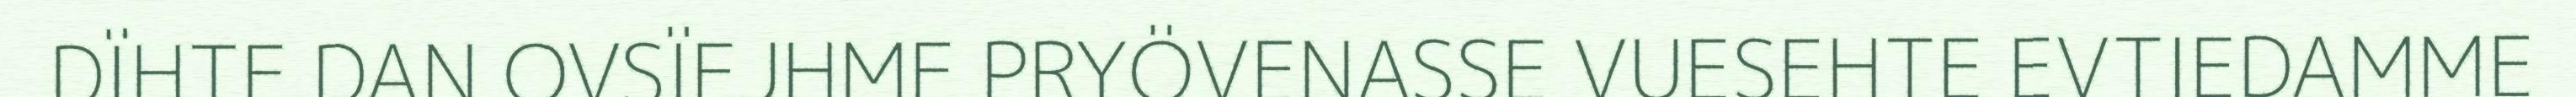
DÏHTE DAN OVSÏEJHME PRYÖVENASSE VUESEHTE EVTIEDAMME